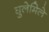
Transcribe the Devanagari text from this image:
घुलेमिले